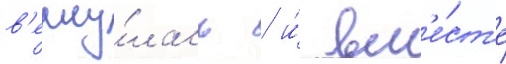
в'ерну́лась / и́ вм'е́ст'е